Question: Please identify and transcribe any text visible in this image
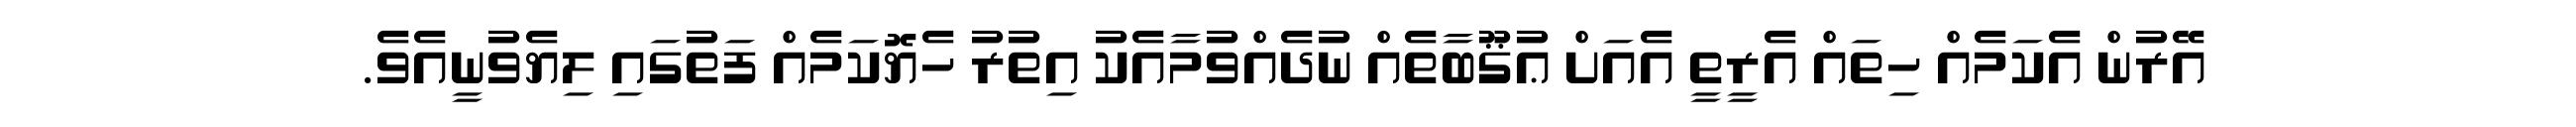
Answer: އޭރުން އެކަމެއް ހިތައް އެރީތީ އެއަށް ޢުޤޫބާތެއް ނުދެއްވުމާއެކު އިތުރު ހެޔޮކަމެއް ފަތުގައި ލިޔެވުނީއެވެ.